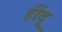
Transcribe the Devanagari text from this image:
हींदू